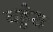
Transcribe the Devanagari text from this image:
वड्डेरा